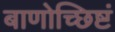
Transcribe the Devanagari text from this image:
बाणोच्छिष्टं